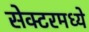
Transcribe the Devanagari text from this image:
सेक्टरमध्ये